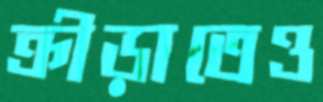
ক্রীড়াতেও